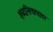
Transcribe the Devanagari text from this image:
शब्दनित्यत्वावर